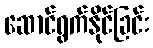
ဆောင်ရွက်နိုင်ခြင်း